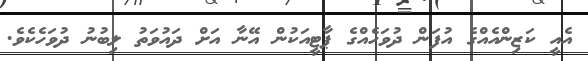
އެއީ ކަޒިންއެއްގެ އުފަން ދުވަހެއްގެ ޕާޓީއަކުން އޭނާ އަށް ދައުވަތު ލިބުނު ދުވަހެކެވެ.